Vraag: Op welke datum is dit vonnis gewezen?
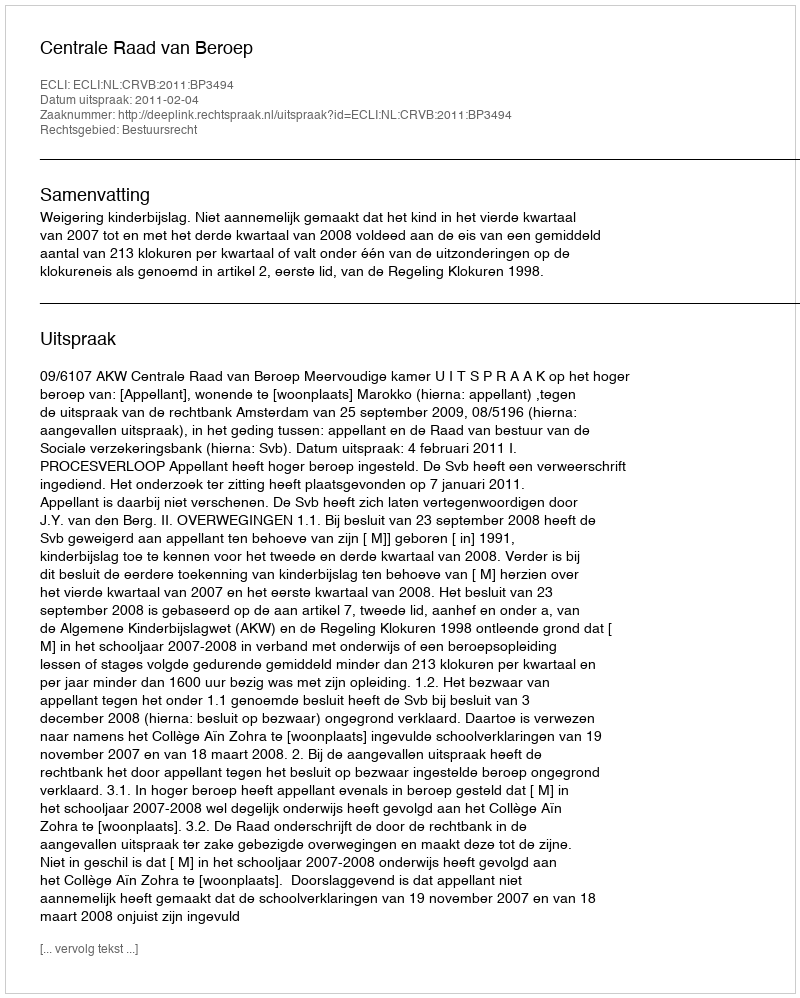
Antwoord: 2011-02-04